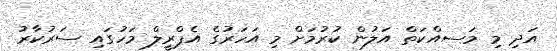
އަދި މި މަސއްކަތް އަލުން ކުރުމަށް މި އަހަރުގެ އެޕްރީލް މަހުގައި ސަރުކާރު